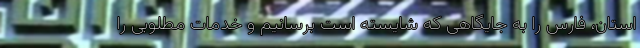
استان، فارس را به جایگاهی که شایسته است برسانیم و خدمات مطلوبی را